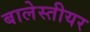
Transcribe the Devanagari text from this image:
बालेस्तीयर